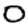
Digit: 0